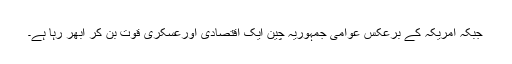
جبکہ امریکہ کے برعکس عوامی جمہوریہ چین ایک اقتصادی اورعسکری قوت بن کر ابھر رہا ہے۔